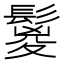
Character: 鬉